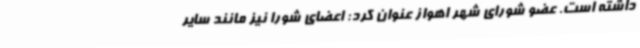
داشته است. عضو شورای شهر اهواز عنوان کرد: اعضای شورا نیز مانند سایر